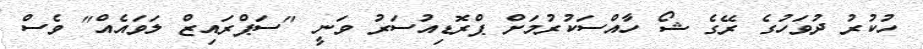
ހުކުރު ދުވަހުގެ ރޭގެ ޝޯ ހާއްސަކުރުމަށް ޕްރޮޑިއުސަރު ވަނީ "ސަޕްރައިޒް ލަވައެއް" ވެސް